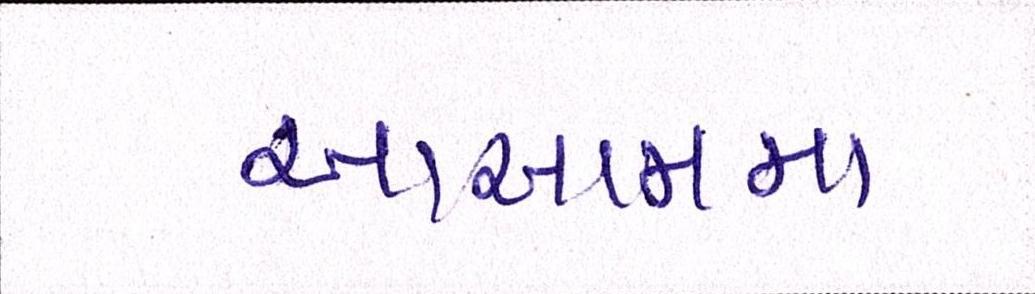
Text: આસામમા